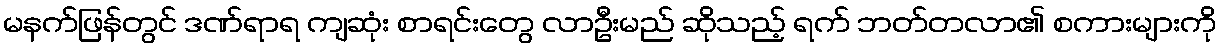
မနက်ဖြန်တွင် ဒဏ်ရာရ ကျဆုံး စာရင်းတွေ လာဦးမည် ဆိုသည့် ရက် ဘတ်တလာ၏ စကားများကို